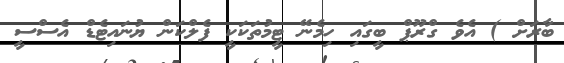
ބާރަށް ) އެވެ ގްރޫޕް ބީގައި ހިމެނޭ ޓީމުތަކަކީ ފެލްކަން ޔުނައިޓެޑް އެސްސީ